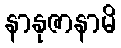
နာနုဇာနာမိ